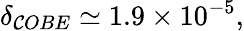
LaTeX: \delta_{\mathcal{C}OBE}\simeq1.9\times10^{-5},